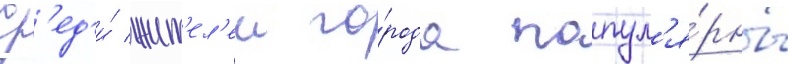
Ср'ед'и́ жит'ел'еи го́рода попул'я́рны